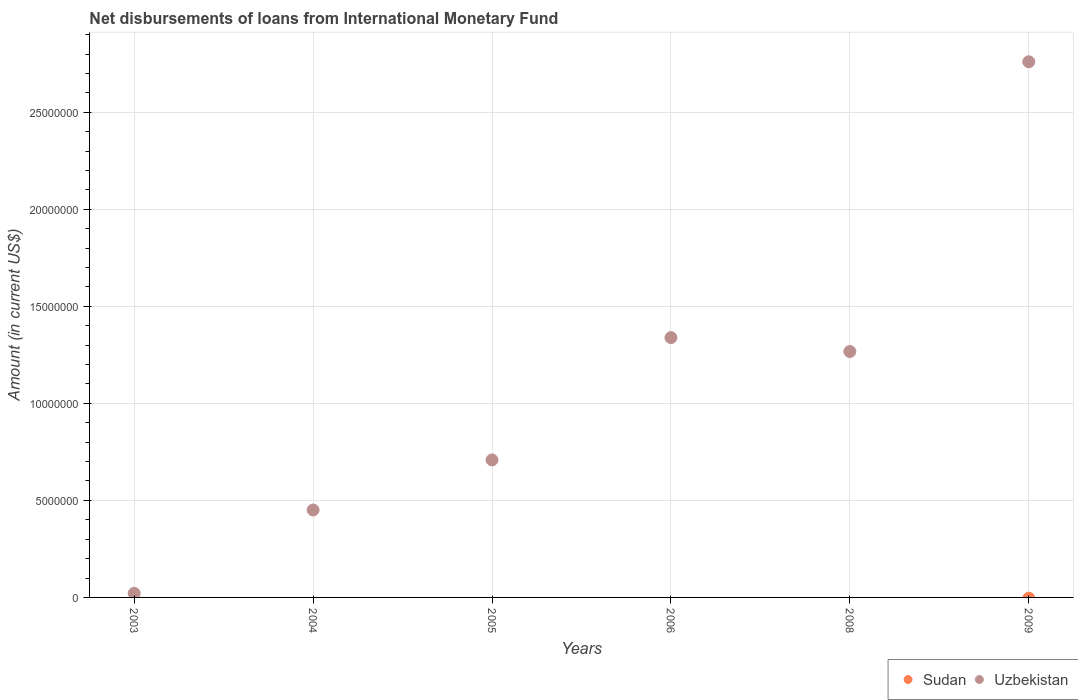
| Years | Sudan | Uzbekistan |
 | --- | --- | --- |
 | 2003 | -2.8e+06 | 2.1e+05 |
 | 2004 | -1.84e+06 | 4.50e+06 |
 | 2005 | -1.33e+06 | 7.08e+06 |
 | 2006 | -2.03e+06 | 1.34e+07 |
 | 2008 | -1.23e+06 | 1.27e+07 |
 | 2009 | -3.8e+04 | 2.76e+07 |